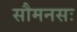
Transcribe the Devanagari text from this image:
सौमनसः